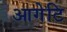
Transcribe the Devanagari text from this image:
आगेटि